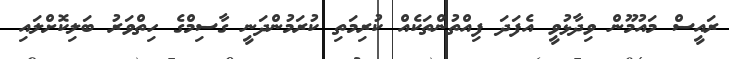
ރައީސް މައުމޫން ވިދާޅުވީ އެފަދަ ފިއްތުންތަކެއް ކުރިމަތި ކުރަމުންދަނީ ގާސިމްގެ ހިތްވަރު ބަލިކޮށްލައި